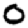
Digit: 0